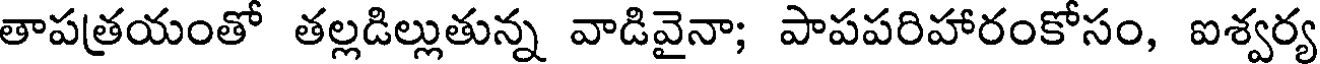
తాపత్రయంతో తల్లడిల్లుతున్న వాడివైనా; పాపపరిహారంకోసం, ఐశ్వర్య